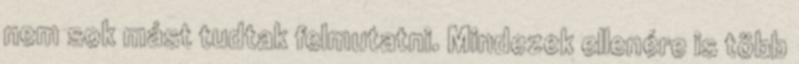
nem sok mást tudtak felmutatni. Mindezek ellenére is több